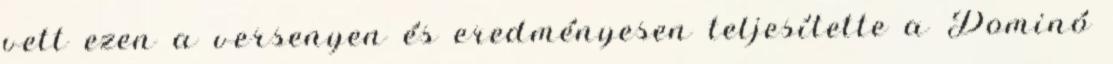
vett ezen a versenyen és eredményesen teljesítette a Dominó